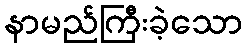
နာမည်ကြီးခဲ့သော